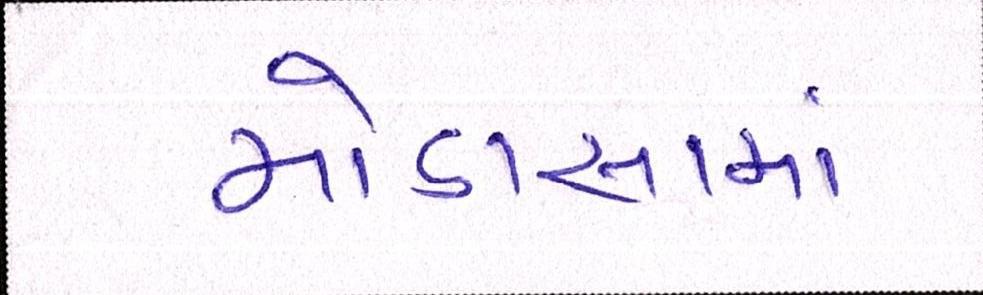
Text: મોડાસામાં